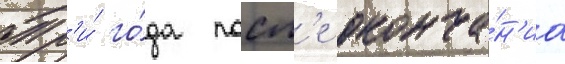
Тр'и́ го́да посл'е оконча́н'иа